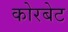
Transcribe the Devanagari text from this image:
कोरबेट